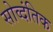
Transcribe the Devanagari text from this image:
सोव्दंतिक